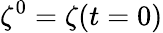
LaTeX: \zeta^{0}=\zeta(t=0)